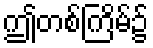
ဤတစ်ကြိမ်၌